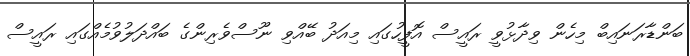
ބަންޑާރަނައިބް މިހެން ވިދާޅުވީ ރައީސް އޮފީހުގައި މިއަދު ބޭއްވި ނޫސްވެރިންގެ ބައްދަލުވުމެއްގައި ރައީސް